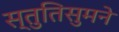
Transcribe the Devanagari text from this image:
स्तुतिसुमने